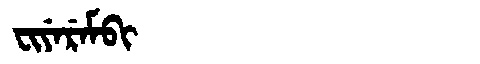
Manchu: ᠸᡳᠶᡝᡵᡝᠮᠪᡳ
Romanization: FIYEREMBI